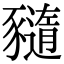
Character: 𧲈